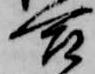
合